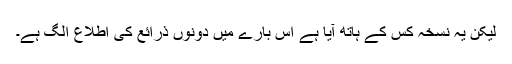
لیکن یہ نسخہ کس کے ہاتھ آیا ہے اس بارے میں دونوں ذرائع کی اطلاع الگ ہے۔